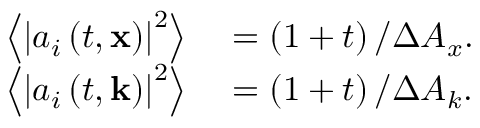
\begin{array} { r l } { \left\langle \left| a _ { i } \left( t , \mathbf { x } \right) \right| ^ { 2 } \right\rangle } & { { } = \left( 1 + t \right) / \Delta A _ { x } . } \\ { \left\langle \left| a _ { i } \left( t , \mathbf { k } \right) \right| ^ { 2 } \right\rangle } & { { } = \left( 1 + t \right) / \Delta A _ { k } . } \end{array}